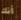
أنك